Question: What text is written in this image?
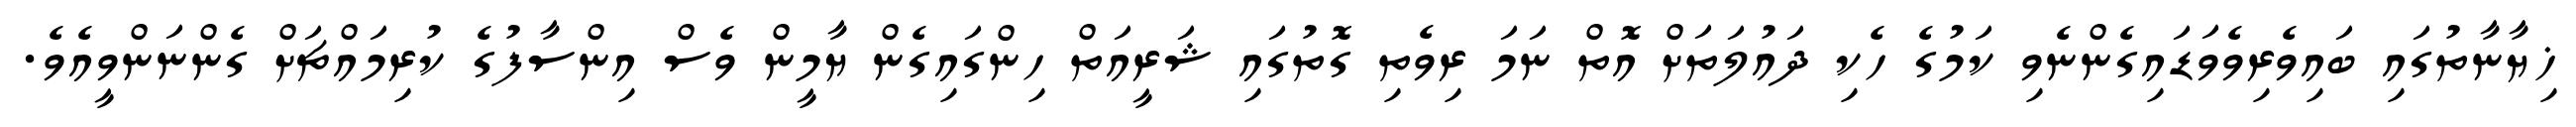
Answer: ޚިޔާނާތުގައި ބައިވެރިވެވަޑައިގެންނެވި ކަމުގެ ހެކި ދައުލަތަށް އޮތް ނަމަ ރިވެތި ގޮތުގައި ޝަރީއަތް ހިންގައިގެން ޔާމީން ވެސް އިންސާފުގެ ކުރިމައްޗަށް ގެންނަންވީއެވެ.